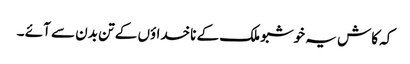
کہ کاش یہ خوشبو ملک کے ناخداؤں کے تن بدن سے آئے ۔